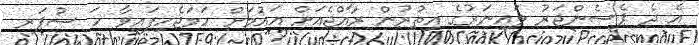
އެ ދެ ޕެސެންޖަރު ލައިނަރުގެ އިތުރުން ރާއްޖެއަށް އައުމަށް ހަމަޖެހިފައިވާ ހަ ސުޕަރ